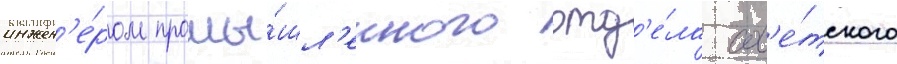
инжен'е́ром промы́шл'енного отд'е́ла сов'е́тского